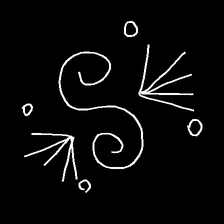
Glyph: aeroform